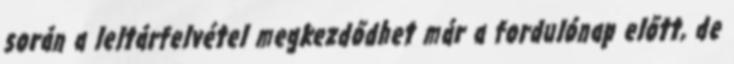
során a leltárfelvétel megkezdődhet már a fordulónap előtt, de